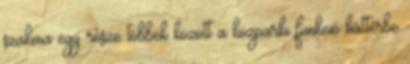
szakma egy része többek között a közparki funkció háttérbe